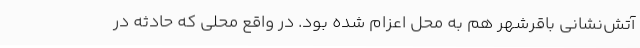
آتش‌نشانی باقرشهر هم به محل اعزام شده بود. در واقع محلی که حادثه در